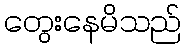
တွေးနေမိသည်